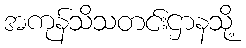
အကုန်သိသတင်းဌာနသို့